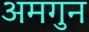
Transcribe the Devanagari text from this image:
अमगुन